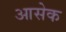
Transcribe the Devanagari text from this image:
आसेक